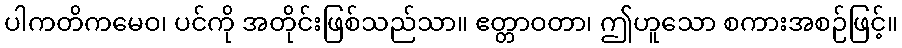
ပါကတိကမေဝ၊ ပင်ကို အတိုင်းဖြစ်သည်သာ။ ဧတ္တာဝတာ၊ ဤဟူသော စကားအစဉ်ဖြင့်။